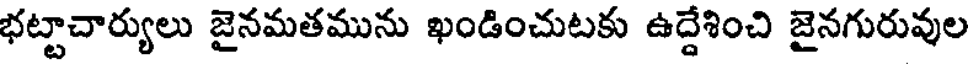
భట్టాచార్యులు జైనమతమును ఖండించుటకు ఉద్దేశించి జైనగురువుల